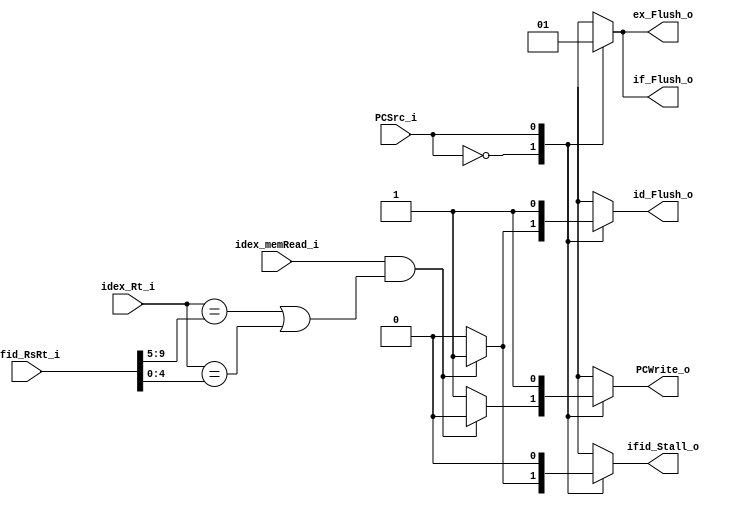
// 0516022

module Hazard(
	PCSrc_i,
	ifid_RsRt_i,
	idex_Rt_i,
	idex_memRead_i,
	PCWrite_o,
	ifid_Stall_o,
	if_Flush_o,
	id_Flush_o,
	ex_Flush_o
	);

input PCSrc_i;
input [9:0]ifid_RsRt_i;
input [4:0]idex_Rt_i;
input idex_memRead_i;
output PCWrite_o;
output ifid_Stall_o;
output if_Flush_o;
output id_Flush_o;
output ex_Flush_o;

reg PCWrite_o;
reg ifid_Stall_o;
reg if_Flush_o;
reg id_Flush_o;
reg ex_Flush_o;

always@(*)begin
	case(PCSrc_i)
	1'b0: begin //hazard
		if((idex_memRead_i == 1'b1) && (idex_Rt_i == ifid_RsRt_i[9:5] || idex_Rt_i == ifid_RsRt_i[4:0])) begin
			PCWrite_o <= 1'b0; 
			ifid_Stall_o <= 1'b1; 
			if_Flush_o <= 1'b0;
			id_Flush_o <= 1'b1;
			ex_Flush_o <= 1'b0;
		end
		else begin //no hazard
			PCWrite_o <= 1'b1;
			ifid_Stall_o <= 1'b0;
			if_Flush_o <= 1'b0;
			id_Flush_o <= 1'b0;
			ex_Flush_o <= 1'b0;
		end
	end
	1'b1: begin //branch
              PCWrite_o <= 1'b1;
	      ifid_Stall_o <= 1'b0;
              if_Flush_o <= 1'b1;
	      id_Flush_o <= 1'b1;
              ex_Flush_o <= 1'b1;
	end
endcase
end
endmodule